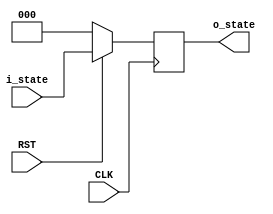
`timescale 1ns / 1ps
//////////////////////////////////////////////////////////////////////////////////
// Company: 
// Engineer: 
// 
// Design Name: 
// Module Name: DFlipFlop
// Project Name: 
// Target Devices: 
// Tool Versions: 
// Description: 
// 
// Dependencies: 
// 
// Revision:
// Revision 0.01 - File Created
// Additional Comments:
// 
//////////////////////////////////////////////////////////////////////////////////


module DFlipFlop(
    input RST,
    input CLK,
    input [2:0] i_state,
    output reg [2:0] o_state
    );

	always @(posedge CLK) begin
		if(!RST)
			o_state = 3'b000;
		else 
			o_state = i_state;
	end
endmodule